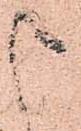
申